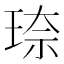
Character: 𪻦